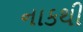
નાકથી